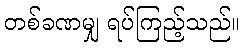
တစ်ခဏမျှ ရပ်ကြည့်သည်။